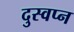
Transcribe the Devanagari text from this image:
दुस्वप्न